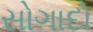
સોગાદો